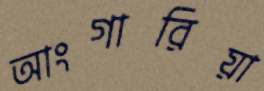
আংগারিয়া